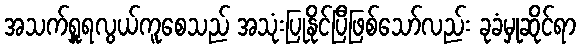
အသက်ရှူရလွယ်ကူစေသည် အသုံးပြုနိုင်ပြီဖြစ်သော်လည်း ခုခံမှုဆိုင်ရာ